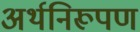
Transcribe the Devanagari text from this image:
अर्थनिरूपण